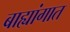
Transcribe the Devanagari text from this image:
बाह्यांगात